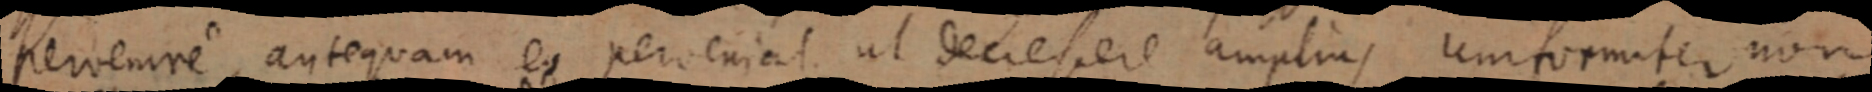
pervenire antequam eo perveniat ul deciesere amplius uniformiter non